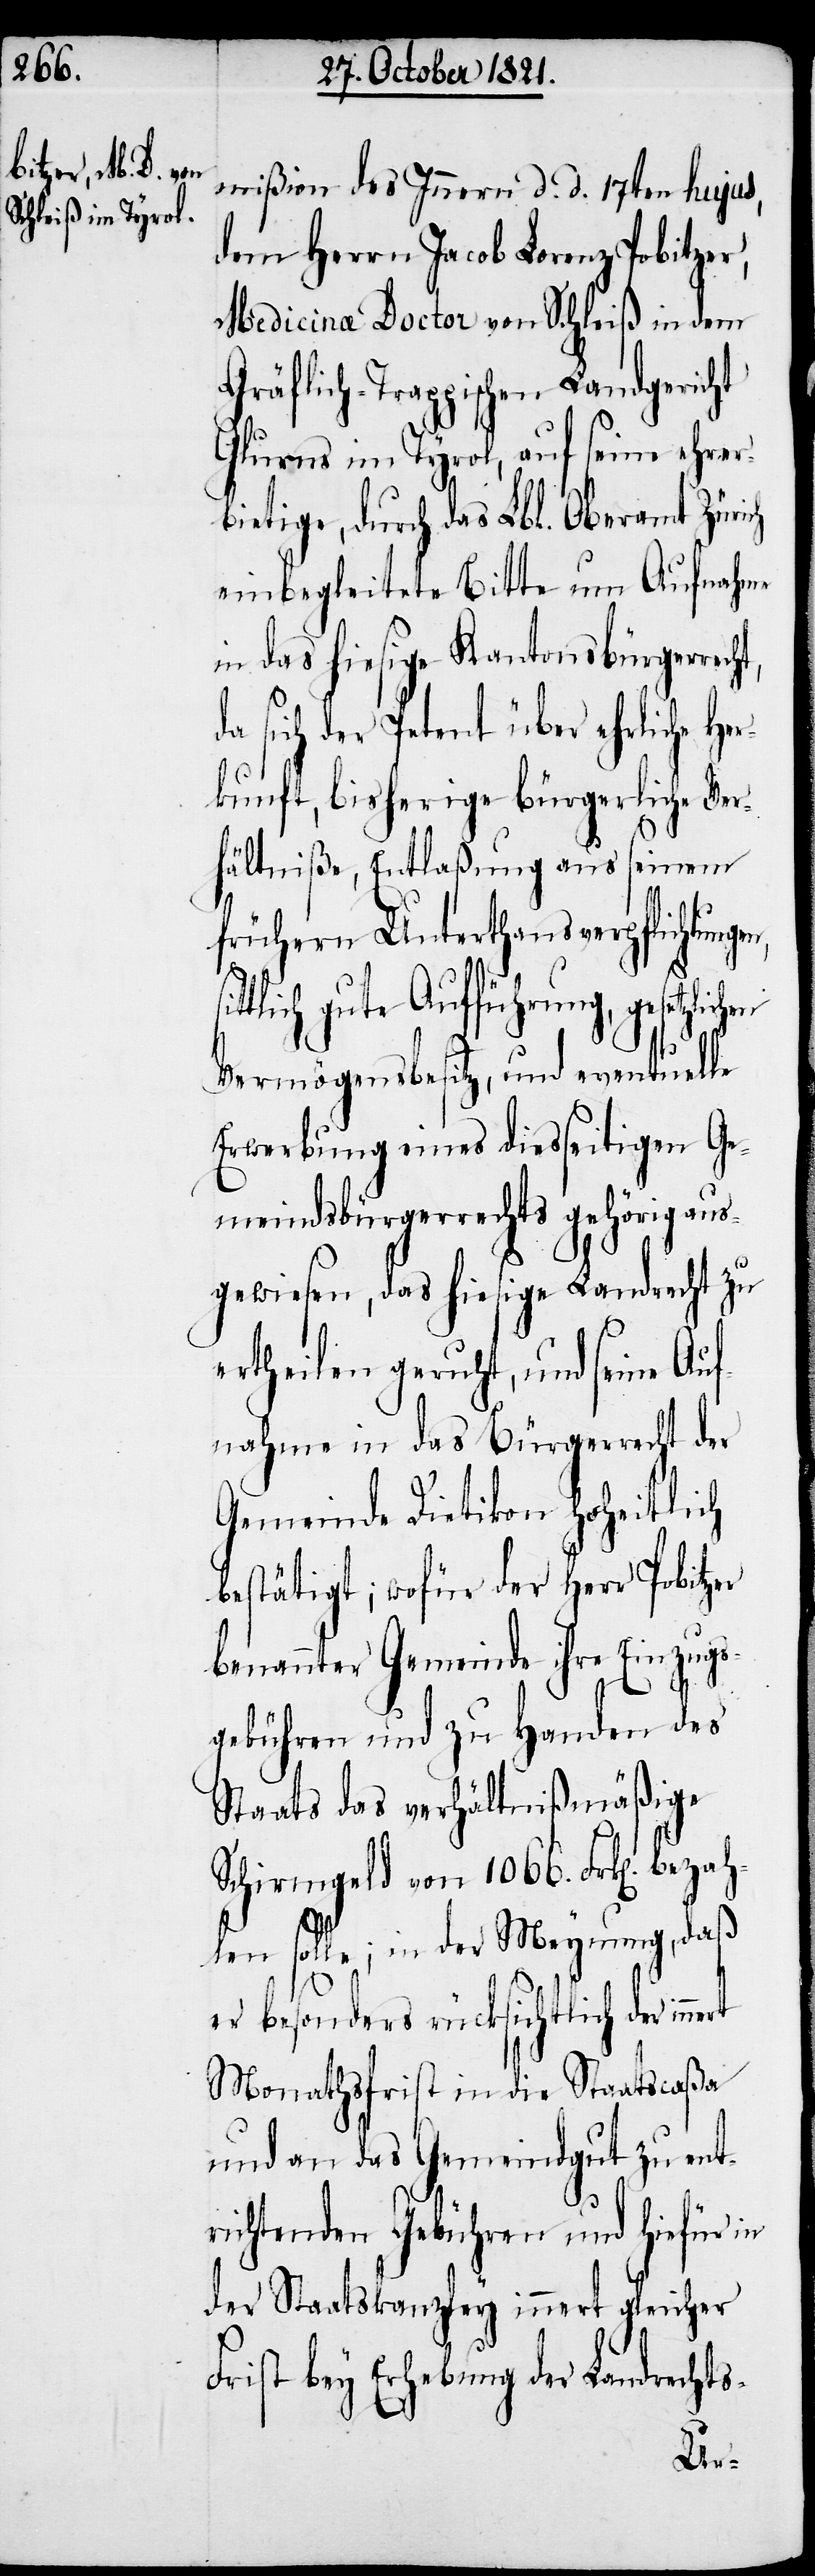
lichem

mißion des Innern d. d. 17ten hujus,
dem Herrn Jacob Lorenz Pobitzer,
Medicinæ Doctor von Schleiß in dem
Gräflich-Trappischen Landgericht
Glurns im Tyrol, auf seine ehrer¬
bietige, durch das Lbl. Oberamt Züri¬
einbegleitete Bitte um Aufnahme
in das hiesige Kantonsbürgerrech¬
a sich der Petent über ehrliche Her¬
kunft, bisherige Bürgerliche Ver¬
hältniße, Entlaßung aus seinem
frühern Unterhausverpflichtunge¬
tlich gute Aufführung, gesetz¬
Vermögensbesitz, und eventuelle
Erwerbung eines diesseitigen Ge¬
meindsbürgerrechts gehörig aus¬
gewiesen, das hiesige Landrecht zu
ertheilen geruht, und seine Auf¬
nahme in das Bürgerrecht der
Gemeinde Dietikon hoheitlich
bestätigt; wofür der Herr Pobitzer
benannter Gemeinde ihre Einzugs¬
gebühren und zu Handen des
Staats das verhältnißmäßige
Schirmgeld von 1066. Frk[en]. beza¬
hlen solle; in der Meynung, daß
sit¬
er besonders rücksichtlich der
Monathsfrist in die Staatscaßa
und an das Gemeindgut zu ent¬
richtenden Gebühren und hiefür in
der Staatskanzley innert gleicher
Frist bey Erhebung der Landrechts-